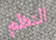
النظم